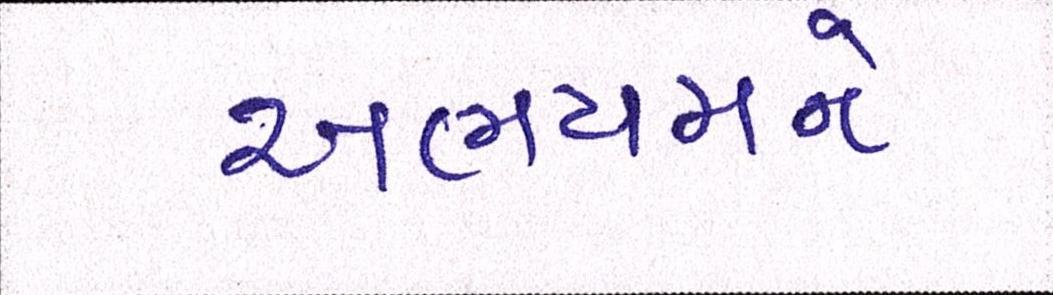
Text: અભયમને